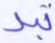
تبد